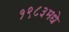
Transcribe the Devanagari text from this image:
१९८३मधे